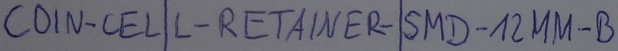
Text: COIN-CELL-RETAINER-SMD-12MM-B